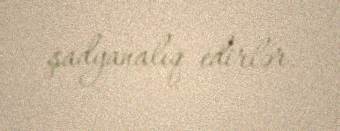
şadyanalıq edirlər.